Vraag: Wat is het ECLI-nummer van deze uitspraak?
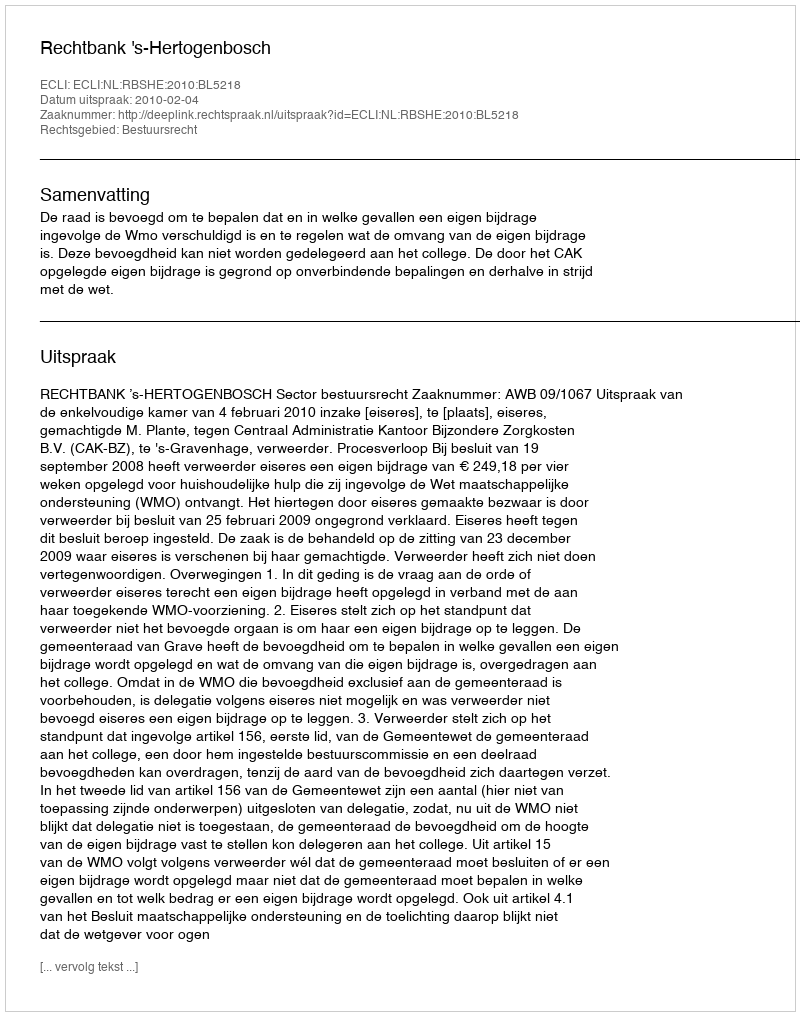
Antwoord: ECLI:NL:RBSHE:2010:BL5218